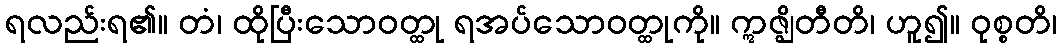
ရလည်းရ၏။ တံ၊ ထိုပြီးသောဝတ္ထု ရအပ်သောဝတ္ထုကို။ ဣဇ္ဈိတီတိ၊ ဟူ၍။ ဝုစ္စတိ၊